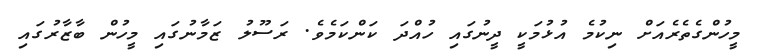
މީހުންގެތެރެއަށް ނިކުމެ އުޅުމަކީ ދީނުގައި ހުއްދަ ކަންކަމެވެ. ރަސޫލު ޒަމާނުގައި މީހުން ބާޒާރުގައި